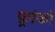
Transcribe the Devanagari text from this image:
फ़्रांको